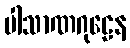
ပါသာဏဂုဠေန